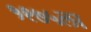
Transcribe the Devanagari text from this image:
१९७५ला